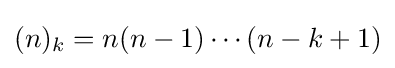
(n)_{k}=n(n-1)\cdots (n-k+1)